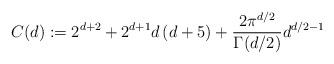
LaTeX: \begin{align*}C(d):=2^{d+2}+2^{d+1}d\left( d+5\right) +\frac{2\pi^{d/2}}{\Gamma(d/2)}d^{d/2-1} \end{align*}